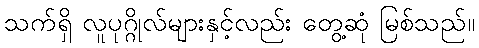
သက်ရှိ လူပုဂ္ဂိုလ်များနှင့်လည်း တွေ့ဆုံ မြစ်သည်။